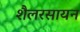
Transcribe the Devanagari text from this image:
शैलरसायन